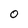
Character: 0